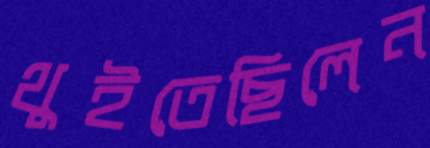
থুইতেছিলেন